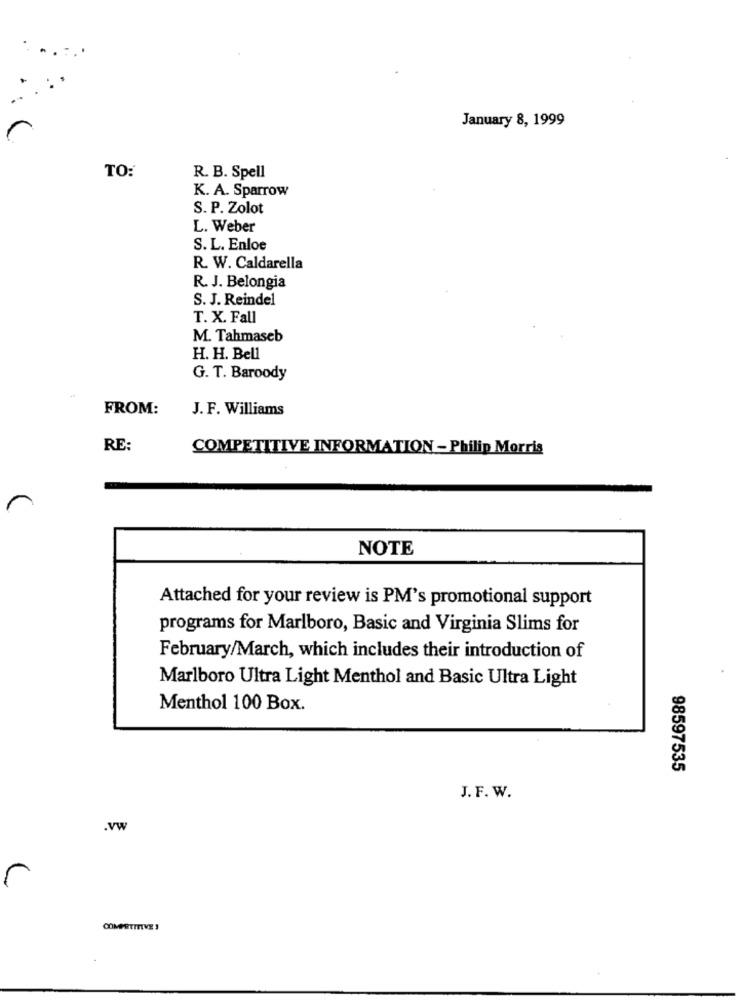
January 8, 1999
TO:
R. B. Spell
K. A. Sparrow
S. P. Zolot
L. Weber
S. L. Enloe
R. W. Caldarella
R. J. Belongia
S. J. Reindel
T. X. Fall
M. Tahmaseb
H. H. Bell
G. T. Baroody
FROM:
J. F. Williams
RE:
COMPETITIVE INFORMATION - Philip Morris
NOTE
Attached for your review is PM's promotional support
programs for Marlboro, Basic and Virginia Slims for
February/March, which includes their introduction of
Marlboro Ultra Light Menthol and Basic Ultra Light
Menthol 100 Box.
98597535
J. F. W.
.vw
r
COMPETITIVE 3